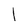
Character: 1